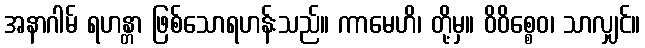
အနာဂါမ် ရဟန္တာ ဖြစ်သောရဟန်းသည်။ ကာမေဟိ၊ တို့မှ။ ဝိဝိစ္စေဝ၊ သာလျှင်။